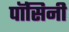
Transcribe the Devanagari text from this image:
पॉसिनी